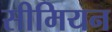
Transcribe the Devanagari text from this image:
सीमियन